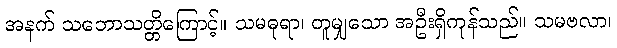
အနက် သဘောသတ္တိကြောင့်။ သမဓုရာ၊ တူမျှသော အဦးရှိကုန်သည်။ သမဗလာ၊